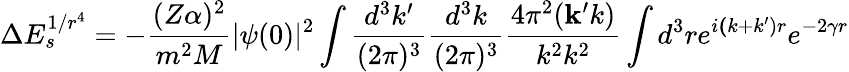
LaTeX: \Delta E_{s}^{1/r^{4}}=-\frac{(Z\alpha)^{2}}{m^{2}M}|\psi(0)|^{2}\int\frac{d^{3}k^{\prime}}{(2\pi)^{3}}\frac{d^{3}k}{(2\pi)^{3}}\frac{4\pi^{2}({\mathbf k^{\prime}k})}{k^{2}k^{2}}\int d^{3}re^{i{\mathbf(k+k^{\prime})r}}e^{-2\gamma r}